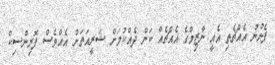
ފެނުނު އެއްޗެތި އެއީ ނާޒިމްގެ އެއްޗެއް ކަން ދެއްކުމަށް ޝަރީއަތަށް އެއްވެސް ފޮރިންސިކް